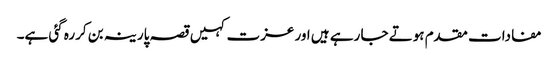
مفادات مقدم ہوتے جا رہے ہیں اور عزت کہیں قصہ پارینہ بن کررہ گئی ہے۔